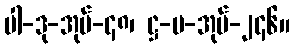
ပါ-ဒု-အုပ်-၄၈၊ ဋ္ဌ-မ-အုပ်-၂၄၆။